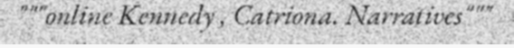
"""online Kennedy , Catriona. Narratives"""